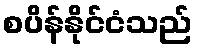
စပိန်နိုင်ငံသည်